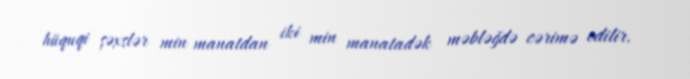
hüquqi şəxslər min manatdan iki min manatadək məbləğdə cərimə edilir.